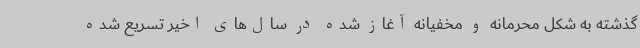
گذشته به شکل محرمانه و مخفیانه آغاز شده در سال‌های اخیر تسریع شده